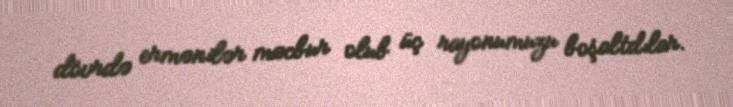
dövrdə ermənilər məcbur olub üç rayonumuzu boşaltdılar.